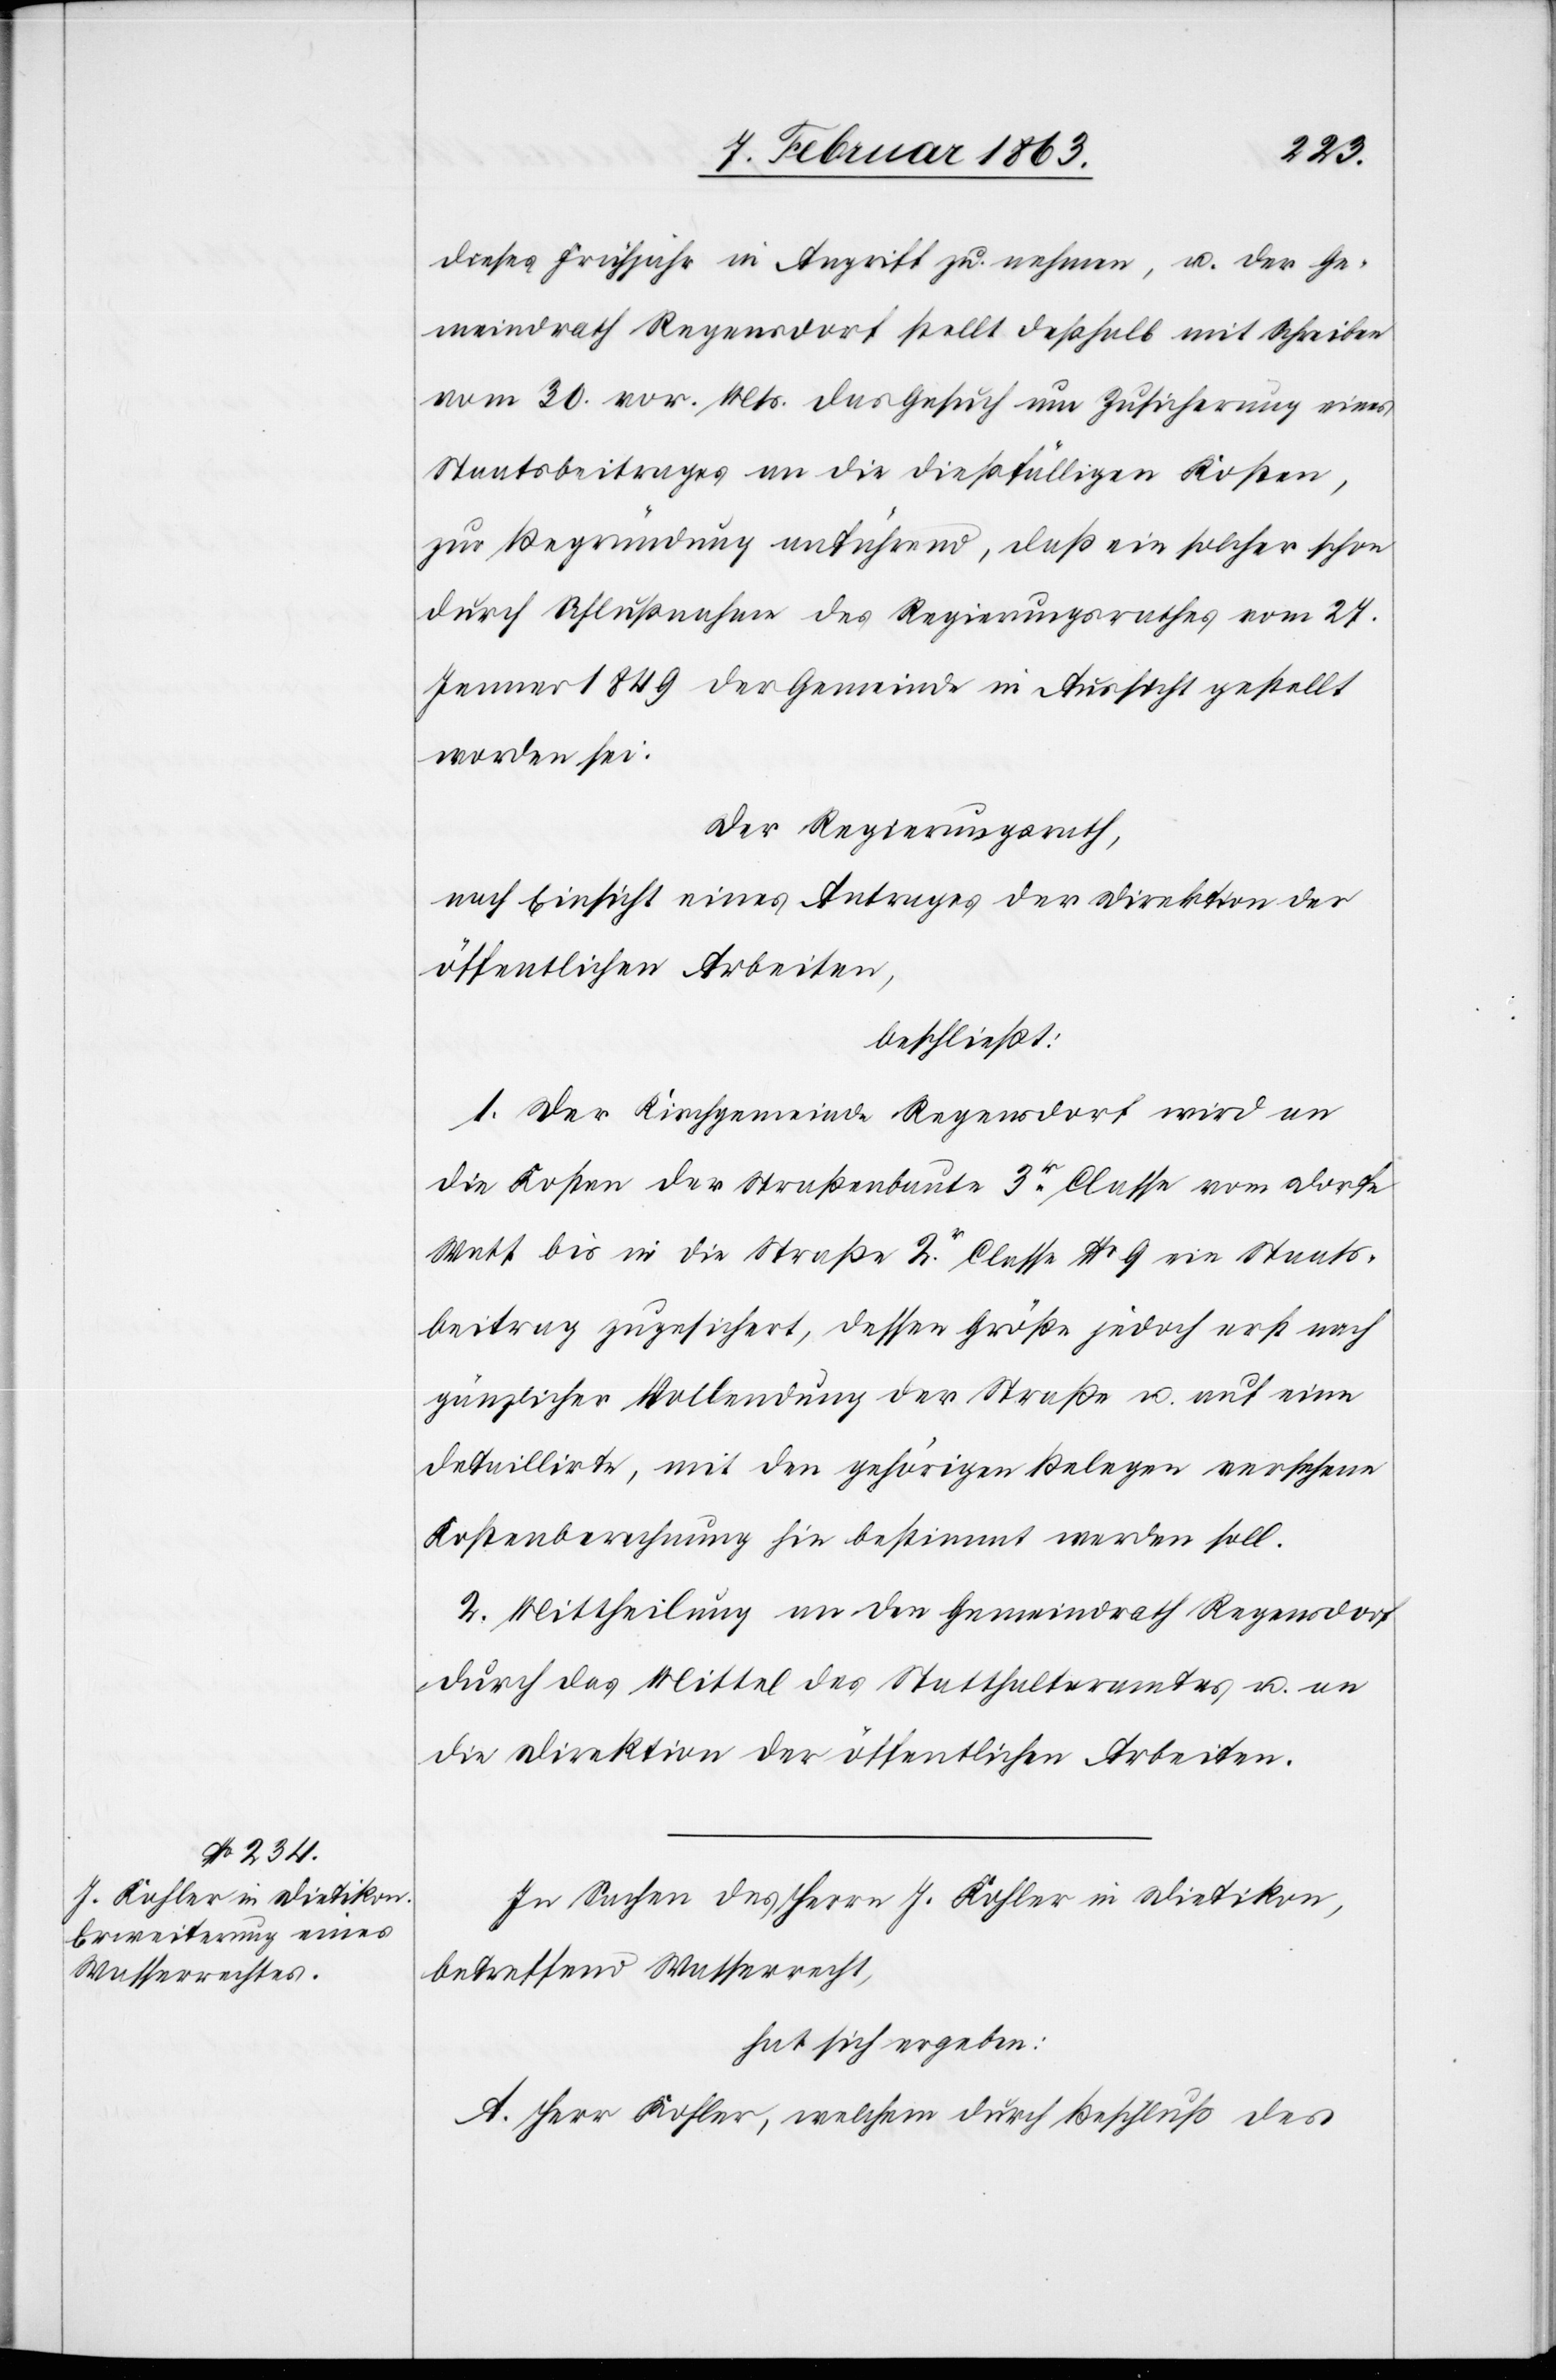
dieses Frühjahr in Angriff zu nehmen, u. der Ge¬
meindrath Regensdorf stellt deßhalb mit Schreiben
vom 30. vor. Mts. das Gesuch um Zusicherung eines
Staatsbeitrages an die dießfälligen Kosten,
zur Begründung anführend, daß ein solcher schon
durch Schlußnahme des Regierungsrathes vom 27.
Jenner 1849 der Gemeinde in Aussicht gestellt
worden sei.
Der Regierungsrath,
nach Einsicht eines Antrages der Direktion der
öffentlichen Arbeiten,
beschließt:
1. Der Kirchgemeinde Regensdorf wird an
die Kosten der Straßenbaute 3r Classe vom Dorfe
Watt bis in die Straße 2r. Classe No 9 ein Staats¬
beitrag zugesichert, dessen Größe jedoch erst nach
gänzlicher Vollendung der Straße u. auf eine
detaillirte, mit den gehörigen Belegen versehene
Kostenberechnung hin bestimmt werden soll.
2. Mittheilung an den Gemeindrath Regensdorf
durch das Mittel des Statthalteramtes u. an
die Direktion der öffentlichen Arbeiten.
In Sachen des Herrn J. Kohler in Dietikon,
betreffend Wasserrecht,
hat sich ergeben:
A. Herr Kohler, welchem durch Beschluß des